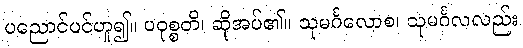
ပညောင်ပင်ဟူ၍။ ပဝုစ္စတိ၊ ဆိုအပ်၏။ သုမင်္ဂလောစ၊ သုမင်္ဂလလည်း